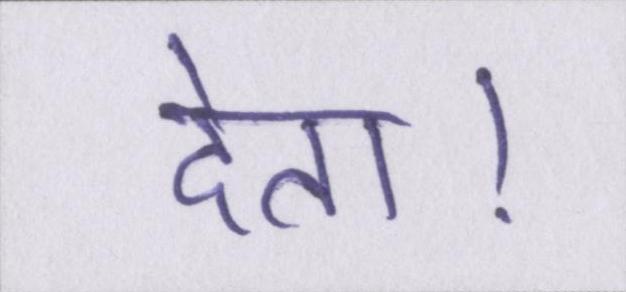
देता।